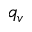
q _ { v }